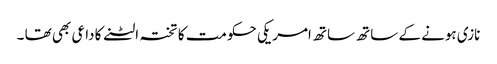
نازی ہونے کے ساتھ ساتھ امریکی حکومت کا تختہ الٹنے کا داعی بھی تھا ۔